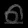
Digit: ၈